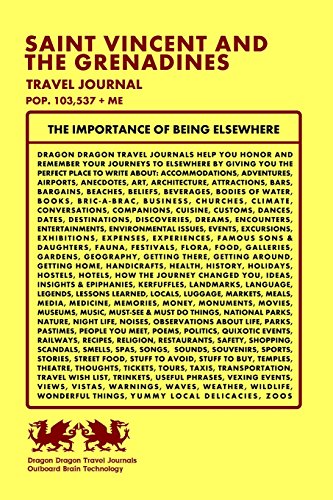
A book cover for Saint Vincent and the Grenadines Travel Journal, Pop. 103,537 + Me; Dragon Dragon Travel Journals; Travel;